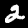
Label: 2